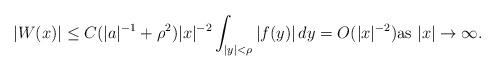
LaTeX: \begin{align*}|W(x)|\leq C(|a|^{-1}+\rho^2)|x|^{-2}\int_{|y|<\rho}|f(y)|\,dy=O(|x|^{-2}) \mbox{as $|x|\to\infty$}.\end{align*}